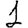
Digit: 1